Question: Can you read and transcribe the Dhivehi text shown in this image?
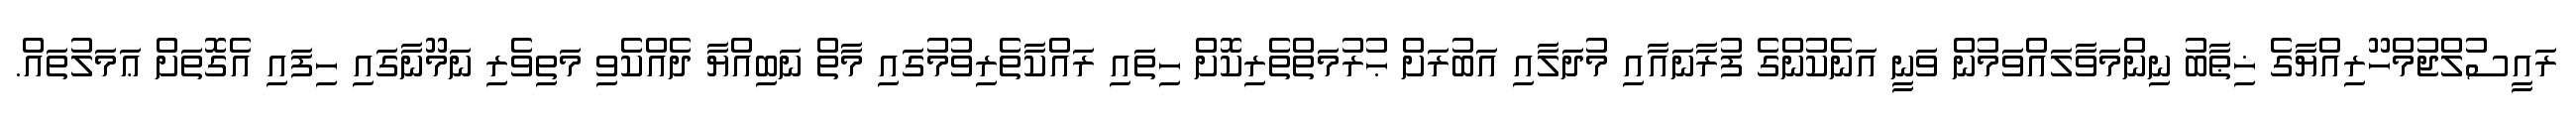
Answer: ރައީސުލްޖުމްހޫރިއްޔާގެ ޚިޠާބު ނިންމަވާލައްވަމުން ވަނީ އަނެކުންގެ ފުރާނައާއި މުދަލާއި އަބުރަށް ޙުރުމަތްތެރިކޮށް ހިތައި ރައްކާތެރިވުމުގައި މާތް ނަބިއްޔާ ދެއްކެވި މަތިވެރި ނަމޫނާގައި ހިފައި އެގޮތަށް ޢަމަލުތައް.